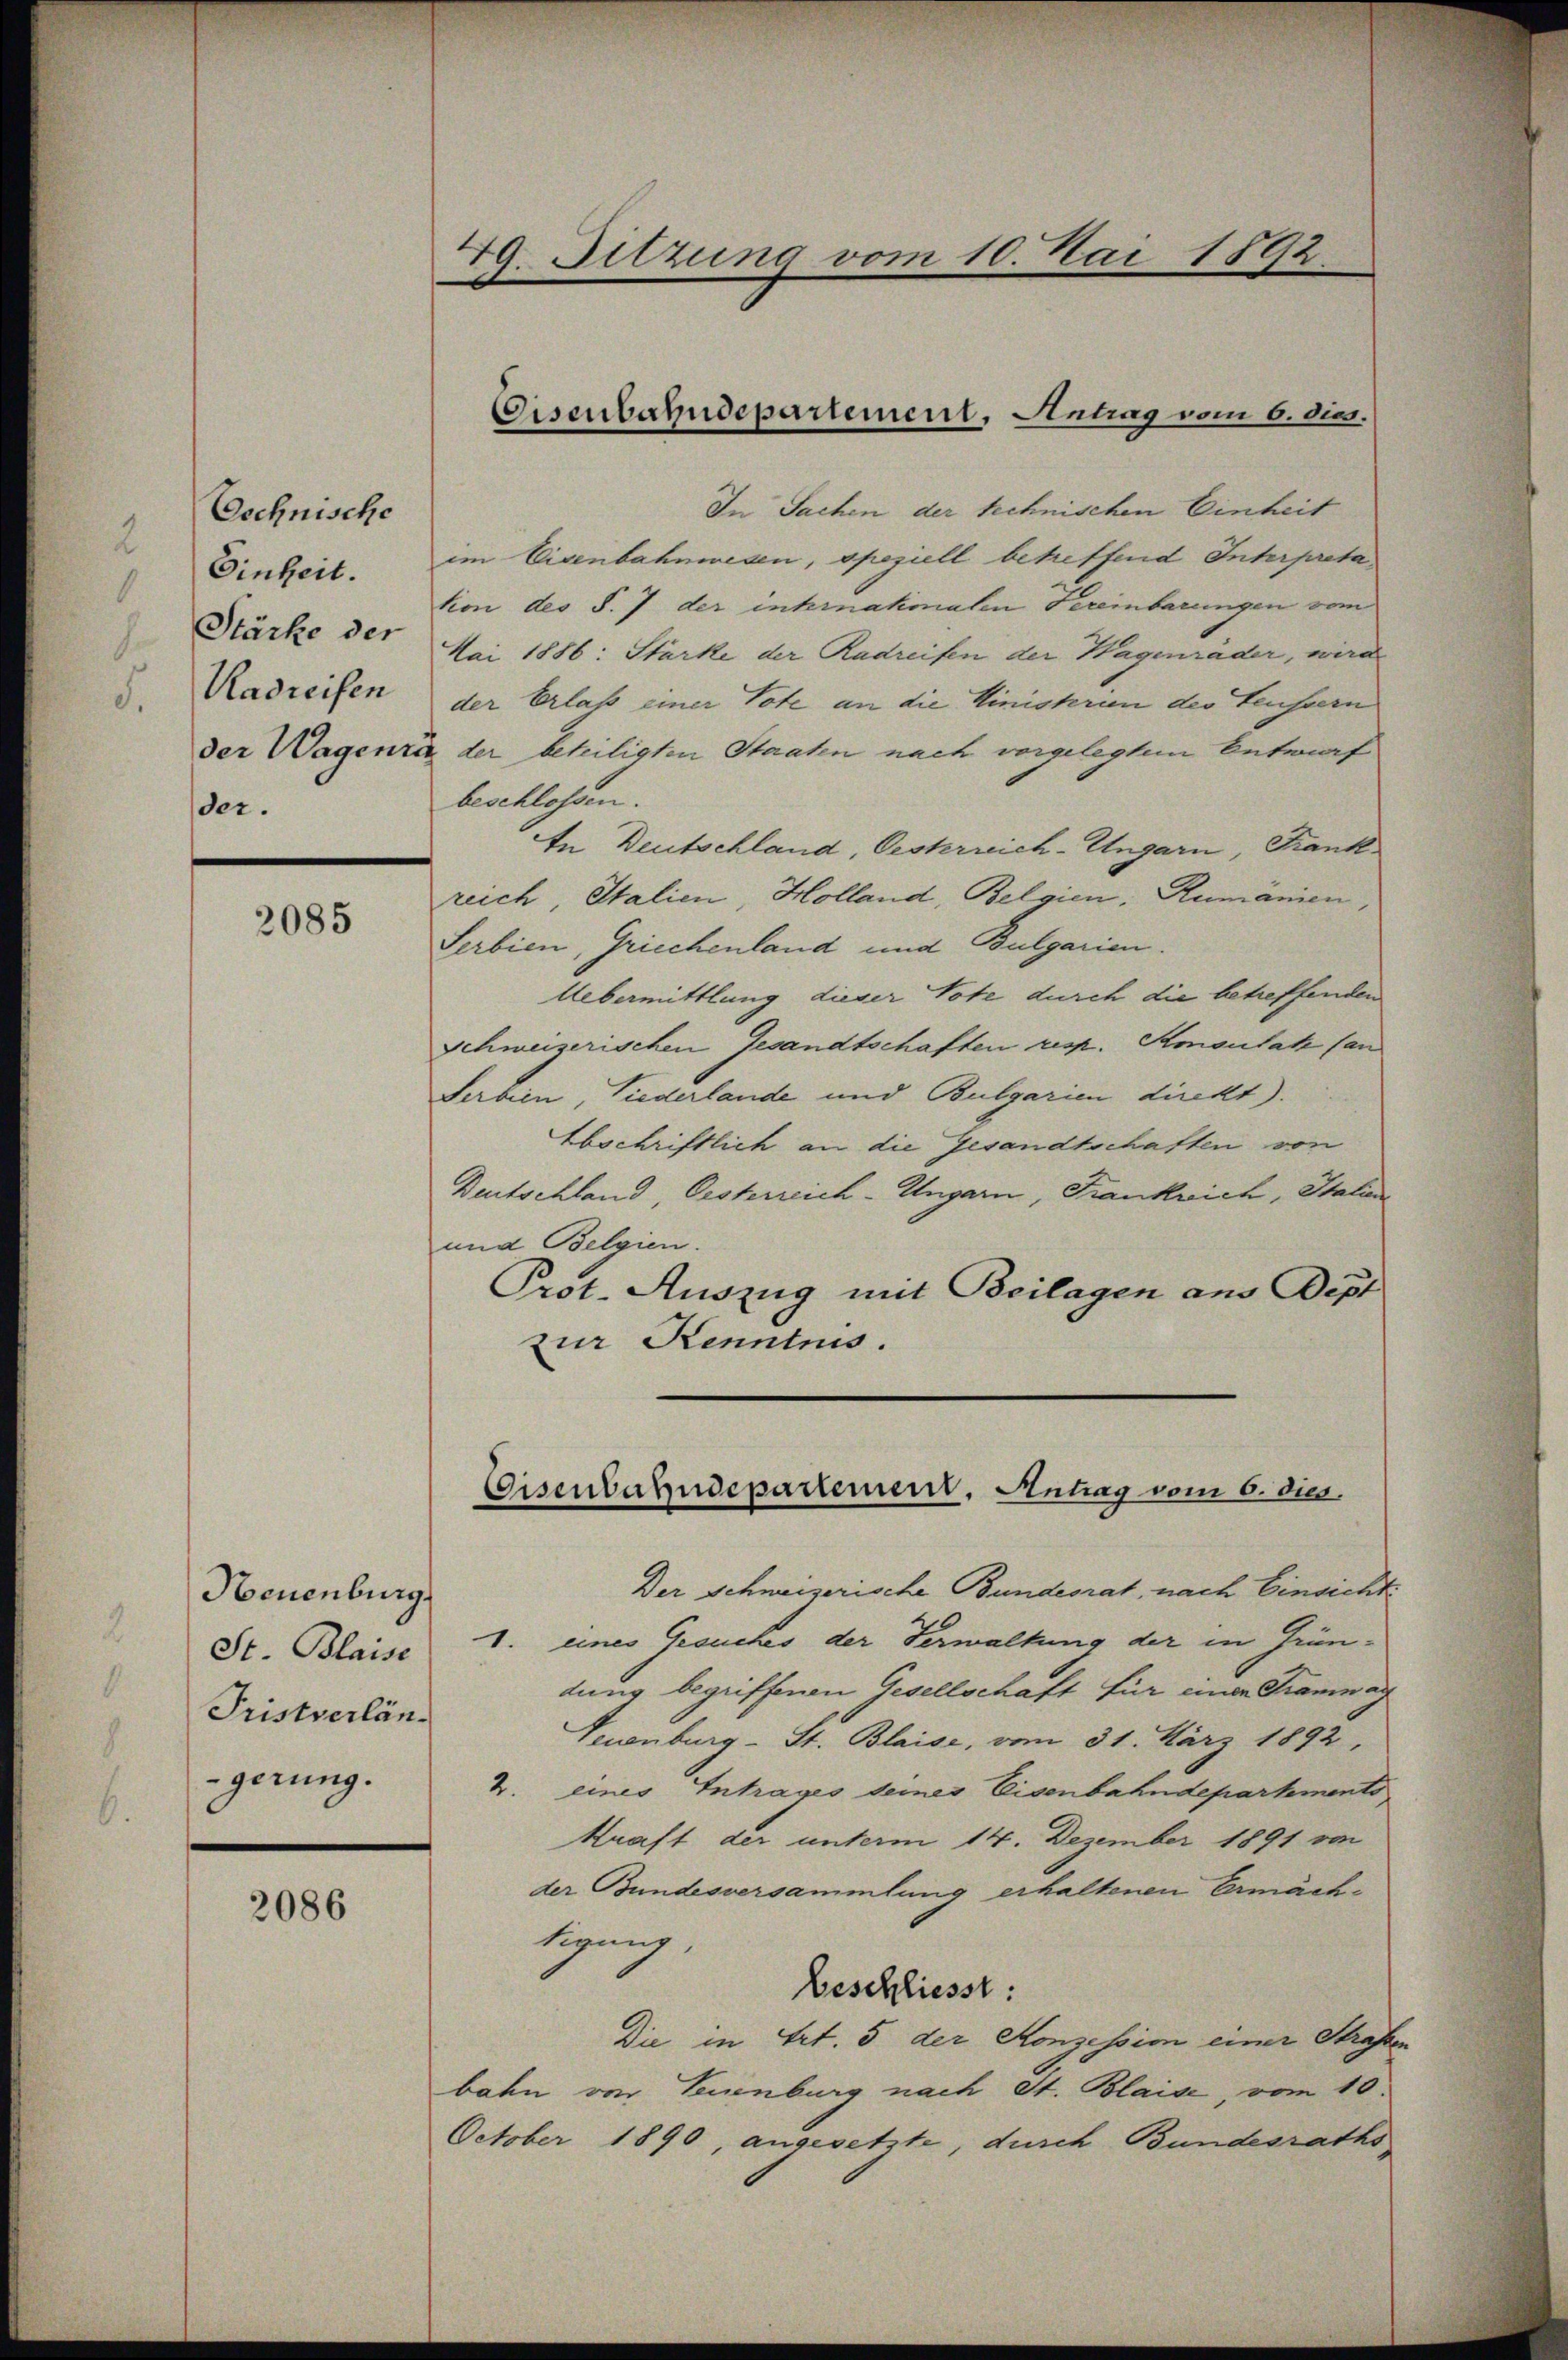
Oschnische
Einheit.
Stärke der
Kadreisen
der.

2085

Neuenburg.
St. Blaise
Pristverlän
gerung.

2086

49. Sitzung vom 10. Mai 1892.

In Sachen der technischen Einheit
im Eisenbahnwesen, speziell betreffend Interpreta
kion des §. 7 der inhrnahmalen Vereinbarungen vom
Mai 1886: Stärke der Radreifen der Wagenräder, wird
der Erlass einer Tote an die Ministerien der Leussern
der Wagenri der beteiligten Staaten nach vorgelegtem Entwurf
beschlossen.
In Deutschland, Oeshrreich-Ungarn, Frank
reich, Italien, Holland, Belgien: Rumanien,
Serbien, Griechenland und Bulgarien.
Uebermittlung dieser Tote durch die betreffenden
Schweizerischen Gesandtschaften resp. Smoulat (an
Serbien, Tiederlande und Bulgarien direkt).
Abschriftlich an die Gesandtschaften von
Beutschland, Oesterreich-Ungarn, Frankwich, Italien
und Belgien.
Prot. Auszug mit Beilagen aus Dept
zur Kenntnis.

Der Schweizerische Bundesrat, nach Einsicht
1. eines Gesuches der Verwaltung der in Gründung begriffenen Gesellschaft für einen Tramwag
Teuenburg - St. Blaise, vom 31. März 1892,
2. eines Intrages seines Eisenbahndepartements
Kraft der unterm 14. Dezember 1891 von
der Bundesversammlung erhaltenen Ermächtigung.
Beschliesst:
Die in Art. 5 der Konzession einer Straßen
bahn von Teuenburg nach St. Blaise, vom 10.
October 1890, angesetzte, durch Bundesraths

Eisenbahndepartement, Antrag vom 6. dies.

Eisenbahndepartement. Antrag vom 6. dies